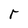
Character: r